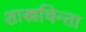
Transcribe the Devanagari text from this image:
शास्त्रचिन्ता